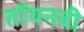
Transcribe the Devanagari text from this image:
तॉयनबी